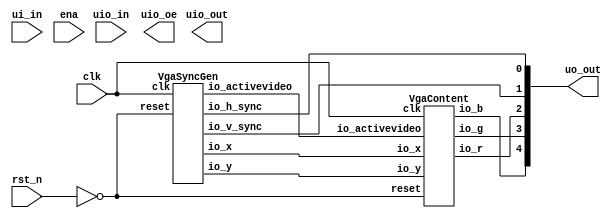
`timescale 1ns/1ps

module tt_um_thorkn_vgaclock (
  input  wire [7:0] ui_in,    // Dedicated inputs
  output wire [7:0] uo_out,   // Dedicated outputs
  input  wire [7:0] uio_in,   // IOs: Input path
  output wire [7:0] uio_out,  // IOs: Output path
  output wire [7:0] uio_oe,   // IOs: Enable path (active high: 0=input, 1=output
  input  wire ena,
  input  wire clk,
  input  wire rst_n
);

  wire                vga_sync_gen_io_h_sync;
  wire                vga_sync_gen_io_v_sync;
  wire                vga_sync_gen_io_activevideo;
  wire       [9:0]    vga_sync_gen_io_x;
  wire       [9:0]    vga_sync_gen_io_y;
  wire                vga_content_io_r;
  wire                vga_content_io_g;
  wire                vga_content_io_b;
  wire 				        reset;
  
  assign reset = !rst_n;

  VgaSyncGen vga_sync_gen (
    .io_h_sync      (vga_sync_gen_io_h_sync     ), //o
    .io_v_sync      (vga_sync_gen_io_v_sync     ), //o
    .io_activevideo (vga_sync_gen_io_activevideo), //o
    .io_x           (vga_sync_gen_io_x[9:0]     ), //o
    .io_y           (vga_sync_gen_io_y[9:0]     ), //o
    .clk            (clk                        ), //i
    .reset          (reset                      )  //i
  );
  VgaContent vga_content (
    .io_x           (vga_sync_gen_io_x[9:0]     ), //i
    .io_y           (vga_sync_gen_io_y[9:0]     ), //i
    .io_activevideo (vga_sync_gen_io_activevideo), //i
    .io_r           (vga_content_io_r           ), //o
    .io_g           (vga_content_io_g           ), //o
    .io_b           (vga_content_io_b           ), //o
    .clk            (clk                        ), //i
    .reset          (reset                      )  //i
  );
  assign uo_out[0] = vga_sync_gen_io_h_sync; // @[VgaClock.scala 20:15]
  assign uo_out[1] = vga_sync_gen_io_v_sync; // @[VgaClock.scala 21:15]
  assign uo_out[2] = vga_content_io_r; // @[VgaClock.scala 27:10]
  assign uo_out[3] = vga_content_io_g; // @[VgaClock.scala 28:10]
  assign uo_out[4] = vga_content_io_b; // @[VgaClock.scala 29:10]

endmodule

module VgaContent (
  input      [9:0]    io_x,
  input      [9:0]    io_y,
  input               io_activevideo,
  output reg          io_r,
  output reg          io_g,
  output reg          io_b,
  input               clk,
  input               reset
);

  wire       [5:0]    clock_counters_io_seconds;
  wire       [5:0]    clock_counters_io_minutes;
  wire       [3:0]    clock_counters_io_hours;
  wire                _zz_when_VgaContent_l33;
  wire       [9:0]    _zz_when_VgaContent_l33_1;
  wire       [9:0]    _zz_when_VgaContent_l33_2;
  wire                _zz_when_VgaContent_l33_3;
  wire       [9:0]    _zz_when_VgaContent_l33_4;
  wire       [9:0]    _zz_when_VgaContent_l39;
  wire       [8:0]    _zz_when_VgaContent_l39_1;
  wire       [8:0]    _zz_when_VgaContent_l39_2;
  wire       [9:0]    _zz_when_VgaContent_l45;
  wire       [8:0]    _zz_when_VgaContent_l45_1;
  wire       [8:0]    _zz_when_VgaContent_l45_2;
  wire       [9:0]    _zz_when_VgaContent_l51;
  wire       [8:0]    _zz_when_VgaContent_l51_1;
  wire       [8:0]    _zz_when_VgaContent_l51_2;
  wire                when_VgaContent_l22;
  wire                when_VgaContent_l33;
  wire                when_VgaContent_l39;
  wire                when_VgaContent_l45;
  wire                when_VgaContent_l51;

  assign _zz_when_VgaContent_l39_1 = (9'h1a4 - _zz_when_VgaContent_l39_2);
  assign _zz_when_VgaContent_l39 = {1'd0, _zz_when_VgaContent_l39_1};
  assign _zz_when_VgaContent_l39_2 = (clock_counters_io_seconds * 3'b110);
  assign _zz_when_VgaContent_l45_1 = (9'h1a4 - _zz_when_VgaContent_l45_2);
  assign _zz_when_VgaContent_l45 = {1'd0, _zz_when_VgaContent_l45_1};
  assign _zz_when_VgaContent_l45_2 = (clock_counters_io_minutes * 3'b110);
  assign _zz_when_VgaContent_l51_1 = (9'h1a4 - _zz_when_VgaContent_l51_2);
  assign _zz_when_VgaContent_l51 = {1'd0, _zz_when_VgaContent_l51_1};
  assign _zz_when_VgaContent_l51_2 = (clock_counters_io_hours * 5'h1e);
  assign _zz_when_VgaContent_l33 = (((((((((((io_y == _zz_when_VgaContent_l33_1) || (io_y == _zz_when_VgaContent_l33_2)) || (io_y == 10'h05a)) || (io_y == 10'h078)) || (io_y == 10'h096)) || (io_y == 10'h097)) || (io_y == 10'h0b4)) || (io_y == 10'h0d2)) || (io_y == 10'h0f0)) || (io_y == 10'h0f1)) || (io_y == 10'h10e));
  assign _zz_when_VgaContent_l33_3 = (io_y == 10'h12c);
  assign _zz_when_VgaContent_l33_4 = 10'h14a;
  assign _zz_when_VgaContent_l33_1 = 10'h03c;
  assign _zz_when_VgaContent_l33_2 = 10'h03d;
  ClockCounters clock_counters (
    .io_seconds (clock_counters_io_seconds[5:0]), //o
    .io_minutes (clock_counters_io_minutes[5:0]), //o
    .io_hours   (clock_counters_io_hours[3:0]  ), //o
    .clk        (clk                           ), //i
    .reset      (reset                         )  //i
  );
  assign when_VgaContent_l22 = ((((io_x < 10'h004) || (10'h27b < io_x)) || (io_y < 10'h004)) || (10'h1db < io_y)); // @[BaseType.scala 305:24]
  always @(*) begin
    if(io_activevideo) begin
      if(when_VgaContent_l22) begin
        io_r = 1'b0; // @[VgaContent.scala 23:18]
      end else begin
        if(when_VgaContent_l33) begin
          io_r = 1'b1; // @[VgaContent.scala 34:18]
        end else begin
          if(when_VgaContent_l39) begin
            io_r = 1'b0; // @[VgaContent.scala 40:18]
          end else begin
            if(when_VgaContent_l45) begin
              io_r = 1'b0; // @[VgaContent.scala 46:18]
            end else begin
              if(when_VgaContent_l51) begin
                io_r = 1'b0; // @[VgaContent.scala 52:18]
              end else begin
                io_r = 1'b0; // @[VgaContent.scala 57:18]
              end
            end
          end
        end
      end
    end else begin
      io_r = 1'b0; // @[VgaContent.scala 62:14]
    end
  end

  always @(*) begin
    if(io_activevideo) begin
      if(when_VgaContent_l22) begin
        io_g = 1'b0; // @[VgaContent.scala 24:18]
      end else begin
        if(when_VgaContent_l33) begin
          io_g = 1'b0; // @[VgaContent.scala 35:18]
        end else begin
          if(when_VgaContent_l39) begin
            io_g = 1'b1; // @[VgaContent.scala 41:18]
          end else begin
            if(when_VgaContent_l45) begin
              io_g = 1'b1; // @[VgaContent.scala 47:18]
            end else begin
              if(when_VgaContent_l51) begin
                io_g = 1'b1; // @[VgaContent.scala 53:18]
              end else begin
                io_g = 1'b0; // @[VgaContent.scala 58:18]
              end
            end
          end
        end
      end
    end else begin
      io_g = 1'b0; // @[VgaContent.scala 63:14]
    end
  end

  always @(*) begin
    if(io_activevideo) begin
      if(when_VgaContent_l22) begin
        io_b = 1'b1; // @[VgaContent.scala 25:18]
      end else begin
        if(when_VgaContent_l33) begin
          io_b = 1'b0; // @[VgaContent.scala 36:18]
        end else begin
          if(when_VgaContent_l39) begin
            io_b = 1'b0; // @[VgaContent.scala 42:18]
          end else begin
            if(when_VgaContent_l45) begin
              io_b = 1'b0; // @[VgaContent.scala 48:18]
            end else begin
              if(when_VgaContent_l51) begin
                io_b = 1'b0; // @[VgaContent.scala 54:18]
              end else begin
                io_b = 1'b0; // @[VgaContent.scala 59:18]
              end
            end
          end
        end
      end
    end else begin
      io_b = 1'b0; // @[VgaContent.scala 64:14]
    end
  end

  assign when_VgaContent_l33 = (((10'h03c <= io_x) && (io_x < 10'h244)) && (((((((_zz_when_VgaContent_l33 || _zz_when_VgaContent_l33_3) || (io_y == _zz_when_VgaContent_l33_4)) || (io_y == 10'h14b)) || (io_y == 10'h168)) || (io_y == 10'h186)) || (io_y == 10'h1a4)) || (io_y == 10'h1a5))); // @[BaseType.scala 305:24]
  assign when_VgaContent_l39 = ((((10'h1a4 <= io_x) && (io_x < 10'h208)) && (io_y <= 10'h1a4)) && (_zz_when_VgaContent_l39 <= io_y)); // @[BaseType.scala 305:24]
  assign when_VgaContent_l45 = ((((10'h10e <= io_x) && (io_x < 10'h172)) && (io_y <= 10'h1a4)) && (_zz_when_VgaContent_l45 <= io_y)); // @[BaseType.scala 305:24]
  assign when_VgaContent_l51 = ((((10'h078 <= io_x) && (io_x < 10'h0dc)) && (io_y <= 10'h1a4)) && (_zz_when_VgaContent_l51 <= io_y)); // @[BaseType.scala 305:24]

endmodule

module VgaSyncGen (
  output reg          io_h_sync,
  output reg          io_v_sync,
  output reg          io_activevideo,
  output reg [9:0]    io_x,
  output reg [9:0]    io_y,
  input               clk,
  input               reset
);

  wire       [9:0]    _zz_h_counter_valueNext;
  wire       [0:0]    _zz_h_counter_valueNext_1;
  wire       [9:0]    _zz_v_counter_valueNext;
  wire       [0:0]    _zz_v_counter_valueNext_1;
  reg                 h_counter_willIncrement;
  wire                h_counter_willClear;
  reg        [9:0]    h_counter_valueNext;
  reg        [9:0]    h_counter_value;
  wire                h_counter_willOverflowIfInc;
  wire                h_counter_willOverflow;
  reg                 v_counter_willIncrement;
  wire                v_counter_willClear;
  reg        [9:0]    v_counter_valueNext;
  reg        [9:0]    v_counter_value;
  wire                v_counter_willOverflowIfInc;
  wire                v_counter_willOverflow;
  wire                when_VgaSyncGen_l29;
  wire                when_VgaSyncGen_l36;
  wire                when_VgaSyncGen_l44;
  function  zz_h_counter_willIncrement(input dummy);
    begin
      zz_h_counter_willIncrement = 1'b0; // @[Utils.scala 536:23]
      zz_h_counter_willIncrement = 1'b1; // @[Utils.scala 540:41]
    end
  endfunction
  wire  _zz_1;

  assign _zz_h_counter_valueNext_1 = h_counter_willIncrement;
  assign _zz_h_counter_valueNext = {9'd0, _zz_h_counter_valueNext_1};
  assign _zz_v_counter_valueNext_1 = v_counter_willIncrement;
  assign _zz_v_counter_valueNext = {9'd0, _zz_v_counter_valueNext_1};
  assign _zz_1 = zz_h_counter_willIncrement(1'b0);
  always @(*) h_counter_willIncrement = _zz_1;
  assign h_counter_willClear = 1'b0; // @[Utils.scala 537:19]
  assign h_counter_willOverflowIfInc = (h_counter_value == 10'h31f); // @[BaseType.scala 305:24]
  assign h_counter_willOverflow = (h_counter_willOverflowIfInc && h_counter_willIncrement); // @[BaseType.scala 305:24]
  always @(*) begin
    if(h_counter_willOverflow) begin
      h_counter_valueNext = 10'h0; // @[Utils.scala 552:17]
    end else begin
      h_counter_valueNext = (h_counter_value + _zz_h_counter_valueNext); // @[Utils.scala 554:17]
    end
    if(h_counter_willClear) begin
      h_counter_valueNext = 10'h0; // @[Utils.scala 558:15]
    end
  end

  always @(*) begin
    v_counter_willIncrement = 1'b0; // @[Utils.scala 536:23]
    if(h_counter_willOverflow) begin
      v_counter_willIncrement = 1'b1; // @[Utils.scala 540:41]
    end
  end

  assign v_counter_willClear = 1'b0; // @[Utils.scala 537:19]
  assign v_counter_willOverflowIfInc = (v_counter_value == 10'h20b); // @[BaseType.scala 305:24]
  assign v_counter_willOverflow = (v_counter_willOverflowIfInc && v_counter_willIncrement); // @[BaseType.scala 305:24]
  always @(*) begin
    if(v_counter_willOverflow) begin
      v_counter_valueNext = 10'h0; // @[Utils.scala 552:17]
    end else begin
      v_counter_valueNext = (v_counter_value + _zz_v_counter_valueNext); // @[Utils.scala 554:17]
    end
    if(v_counter_willClear) begin
      v_counter_valueNext = 10'h0; // @[Utils.scala 558:15]
    end
  end

  assign when_VgaSyncGen_l29 = ((10'h010 <= h_counter_value) && (h_counter_value <= 10'h070)); // @[BaseType.scala 305:24]
  always @(*) begin
    if(when_VgaSyncGen_l29) begin
      io_h_sync = 1'b0; // @[VgaSyncGen.scala 30:19]
    end else begin
      io_h_sync = 1'b1; // @[VgaSyncGen.scala 32:19]
    end
  end

  assign when_VgaSyncGen_l36 = ((10'h00b <= v_counter_value) && (v_counter_value <= 10'h00d)); // @[BaseType.scala 305:24]
  always @(*) begin
    if(when_VgaSyncGen_l36) begin
      io_v_sync = 1'b0; // @[VgaSyncGen.scala 37:19]
    end else begin
      io_v_sync = 1'b1; // @[VgaSyncGen.scala 39:19]
    end
  end

  assign when_VgaSyncGen_l44 = ((10'h0a0 <= h_counter_value) && (10'h02c <= v_counter_value)); // @[BaseType.scala 305:24]
  always @(*) begin
    if(when_VgaSyncGen_l44) begin
      io_activevideo = 1'b1; // @[VgaSyncGen.scala 45:24]
    end else begin
      io_activevideo = 1'b0; // @[VgaSyncGen.scala 49:24]
    end
  end

  always @(*) begin
    if(when_VgaSyncGen_l44) begin
      io_x = (h_counter_value - 10'h0a0); // @[VgaSyncGen.scala 46:14]
    end else begin
      io_x = 10'h0; // @[VgaSyncGen.scala 50:14]
    end
  end

  always @(*) begin
    if(when_VgaSyncGen_l44) begin
      io_y = (v_counter_value - 10'h02c); // @[VgaSyncGen.scala 47:14]
    end else begin
      io_y = 10'h0; // @[VgaSyncGen.scala 51:14]
    end
  end

  always @(posedge clk or posedge reset) begin
    if(reset) begin
      h_counter_value <= 10'h0; // @[Data.scala 400:33]
      v_counter_value <= 10'h0; // @[Data.scala 400:33]
    end else begin
      h_counter_value <= h_counter_valueNext; // @[Reg.scala 39:30]
      v_counter_value <= v_counter_valueNext; // @[Reg.scala 39:30]
    end
  end


endmodule

module ClockCounters (
  output     [5:0]    io_seconds,
  output     [5:0]    io_minutes,
  output     [3:0]    io_hours,
  input               clk,
  input               reset
);

  wire       [24:0]   _zz_c_counter_valueNext;
  wire       [0:0]    _zz_c_counter_valueNext_1;
  wire       [5:0]    _zz_s_counter_valueNext;
  wire       [0:0]    _zz_s_counter_valueNext_1;
  wire       [5:0]    _zz_m_counter_valueNext;
  wire       [0:0]    _zz_m_counter_valueNext_1;
  wire       [3:0]    _zz_h_counter_valueNext;
  wire       [0:0]    _zz_h_counter_valueNext_1;
  reg                 c_counter_willIncrement;
  wire                c_counter_willClear;
  reg        [24:0]   c_counter_valueNext;
  reg        [24:0]   c_counter_value;
  wire                c_counter_willOverflowIfInc;
  wire                c_counter_willOverflow;
  reg                 s_counter_willIncrement;
  wire                s_counter_willClear;
  reg        [5:0]    s_counter_valueNext;
  reg        [5:0]    s_counter_value;
  wire                s_counter_willOverflowIfInc;
  wire                s_counter_willOverflow;
  reg                 m_counter_willIncrement;
  wire                m_counter_willClear;
  reg        [5:0]    m_counter_valueNext;
  reg        [5:0]    m_counter_value;
  wire                m_counter_willOverflowIfInc;
  wire                m_counter_willOverflow;
  reg                 h_counter_willIncrement;
  wire                h_counter_willClear;
  reg        [3:0]    h_counter_valueNext;
  reg        [3:0]    h_counter_value;
  wire                h_counter_willOverflowIfInc;
  wire                h_counter_willOverflow;
  function  zz_c_counter_willIncrement(input dummy);
    begin
      zz_c_counter_willIncrement = 1'b0; // @[Utils.scala 536:23]
      zz_c_counter_willIncrement = 1'b1; // @[Utils.scala 540:41]
    end
  endfunction
  wire  _zz_1;

  assign _zz_c_counter_valueNext_1 = c_counter_willIncrement;
  assign _zz_c_counter_valueNext = {24'd0, _zz_c_counter_valueNext_1};
  assign _zz_s_counter_valueNext_1 = s_counter_willIncrement;
  assign _zz_s_counter_valueNext = {5'd0, _zz_s_counter_valueNext_1};
  assign _zz_m_counter_valueNext_1 = m_counter_willIncrement;
  assign _zz_m_counter_valueNext = {5'd0, _zz_m_counter_valueNext_1};
  assign _zz_h_counter_valueNext_1 = h_counter_willIncrement;
  assign _zz_h_counter_valueNext = {3'd0, _zz_h_counter_valueNext_1};
  assign _zz_1 = zz_c_counter_willIncrement(1'b0);
  always @(*) c_counter_willIncrement = _zz_1;
  assign c_counter_willClear = 1'b0; // @[Utils.scala 537:19]
  assign c_counter_willOverflowIfInc = (c_counter_value == 25'h17d783f); // @[BaseType.scala 305:24]
  assign c_counter_willOverflow = (c_counter_willOverflowIfInc && c_counter_willIncrement); // @[BaseType.scala 305:24]
  always @(*) begin
    if(c_counter_willOverflow) begin
      c_counter_valueNext = 25'h0; // @[Utils.scala 552:17]
    end else begin
      c_counter_valueNext = (c_counter_value + _zz_c_counter_valueNext); // @[Utils.scala 554:17]
    end
    if(c_counter_willClear) begin
      c_counter_valueNext = 25'h0; // @[Utils.scala 558:15]
    end
  end

  always @(*) begin
    s_counter_willIncrement = 1'b0; // @[Utils.scala 536:23]
    if(c_counter_willOverflow) begin
      s_counter_willIncrement = 1'b1; // @[Utils.scala 540:41]
    end
  end

  assign s_counter_willClear = 1'b0; // @[Utils.scala 537:19]
  assign s_counter_willOverflowIfInc = (s_counter_value == 6'h3b); // @[BaseType.scala 305:24]
  assign s_counter_willOverflow = (s_counter_willOverflowIfInc && s_counter_willIncrement); // @[BaseType.scala 305:24]
  always @(*) begin
    if(s_counter_willOverflow) begin
      s_counter_valueNext = 6'h0; // @[Utils.scala 552:17]
    end else begin
      s_counter_valueNext = (s_counter_value + _zz_s_counter_valueNext); // @[Utils.scala 554:17]
    end
    if(s_counter_willClear) begin
      s_counter_valueNext = 6'h0; // @[Utils.scala 558:15]
    end
  end

  always @(*) begin
    m_counter_willIncrement = 1'b0; // @[Utils.scala 536:23]
    if(s_counter_willOverflow) begin
      m_counter_willIncrement = 1'b1; // @[Utils.scala 540:41]
    end
  end

  assign m_counter_willClear = 1'b0; // @[Utils.scala 537:19]
  assign m_counter_willOverflowIfInc = (m_counter_value == 6'h3b); // @[BaseType.scala 305:24]
  assign m_counter_willOverflow = (m_counter_willOverflowIfInc && m_counter_willIncrement); // @[BaseType.scala 305:24]
  always @(*) begin
    if(m_counter_willOverflow) begin
      m_counter_valueNext = 6'h0; // @[Utils.scala 552:17]
    end else begin
      m_counter_valueNext = (m_counter_value + _zz_m_counter_valueNext); // @[Utils.scala 554:17]
    end
    if(m_counter_willClear) begin
      m_counter_valueNext = 6'h0; // @[Utils.scala 558:15]
    end
  end

  always @(*) begin
    h_counter_willIncrement = 1'b0; // @[Utils.scala 536:23]
    if(m_counter_willOverflow) begin
      h_counter_willIncrement = 1'b1; // @[Utils.scala 540:41]
    end
  end

  assign h_counter_willClear = 1'b0; // @[Utils.scala 537:19]
  assign h_counter_willOverflowIfInc = (h_counter_value == 4'b1011); // @[BaseType.scala 305:24]
  assign h_counter_willOverflow = (h_counter_willOverflowIfInc && h_counter_willIncrement); // @[BaseType.scala 305:24]
  always @(*) begin
    if(h_counter_willOverflow) begin
      h_counter_valueNext = 4'b0000; // @[Utils.scala 552:17]
    end else begin
      h_counter_valueNext = (h_counter_value + _zz_h_counter_valueNext); // @[Utils.scala 554:17]
    end
    if(h_counter_willClear) begin
      h_counter_valueNext = 4'b0000; // @[Utils.scala 558:15]
    end
  end

  assign io_seconds = s_counter_value; // @[ClockCounters.scala 33:16]
  assign io_minutes = m_counter_value; // @[ClockCounters.scala 34:16]
  assign io_hours = h_counter_value; // @[ClockCounters.scala 35:16]
  always @(posedge clk or posedge reset) begin
    if(reset) begin
      c_counter_value <= 25'h0; // @[Data.scala 400:33]
      s_counter_value <= 6'h0; // @[Data.scala 400:33]
      m_counter_value <= 6'h0; // @[Data.scala 400:33]
      h_counter_value <= 4'b0000; // @[Data.scala 400:33]
    end else begin
      c_counter_value <= c_counter_valueNext; // @[Reg.scala 39:30]
      s_counter_value <= s_counter_valueNext; // @[Reg.scala 39:30]
      m_counter_value <= m_counter_valueNext; // @[Reg.scala 39:30]
      h_counter_value <= h_counter_valueNext; // @[Reg.scala 39:30]
    end
  end


endmodule